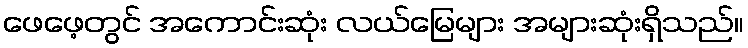
ဖေဖေ့တွင် အကောင်းဆုံး လယ်မြေများ အများဆုံးရှိသည်။